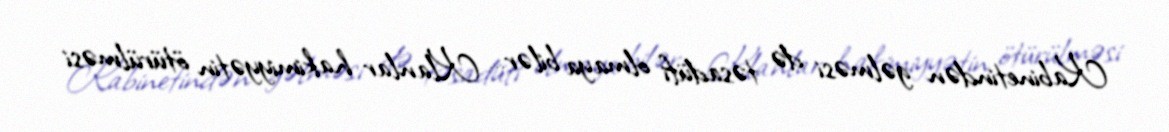
Kabinetindən gəlməsi də təsadüfi olmaya bilər… Klanlar hakimiyyətin ötürülməsi